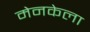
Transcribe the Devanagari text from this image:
मेनकेला